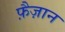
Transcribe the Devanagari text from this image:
फ़ैज़ान